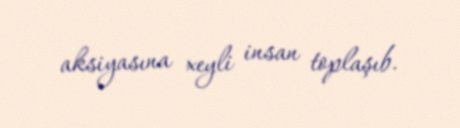
aksiyasına xeyli insan toplaşıb.